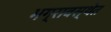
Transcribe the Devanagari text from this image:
भग्रावस्थेत